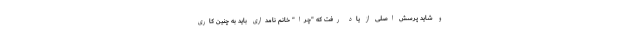
و شاید پرسش اصلی از یاد رفت که "چرا" خانم نامداری باید به چنین کاری